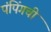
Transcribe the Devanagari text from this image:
पंपिंगची